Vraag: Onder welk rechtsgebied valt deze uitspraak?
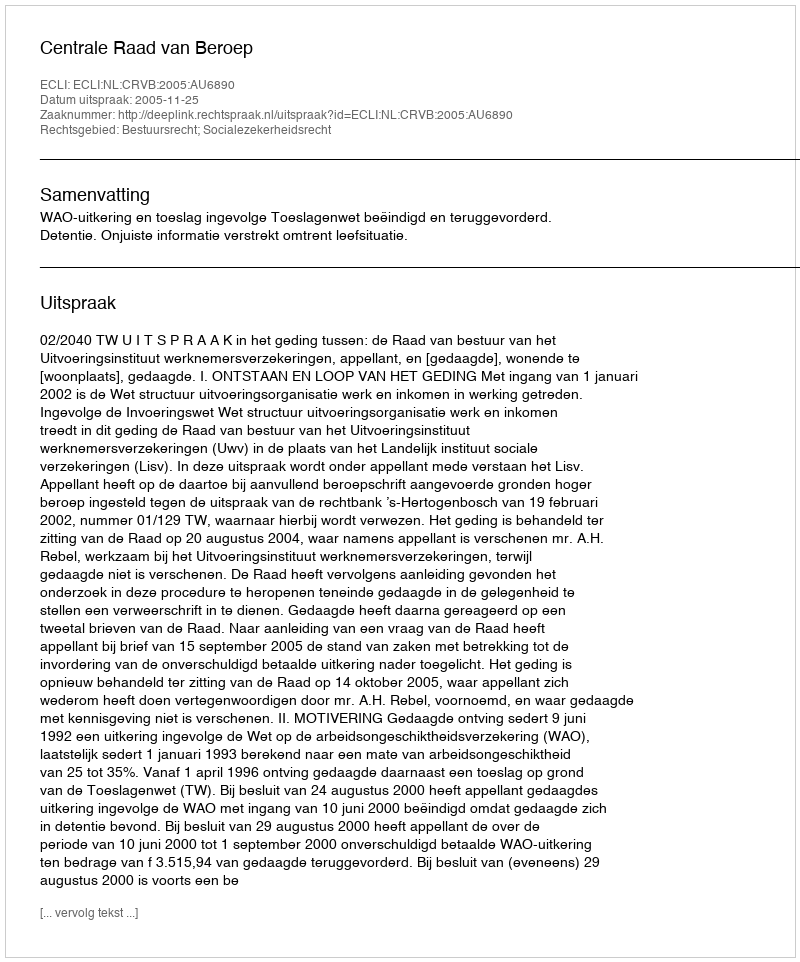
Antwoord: Bestuursrecht; Socialezekerheidsrecht